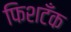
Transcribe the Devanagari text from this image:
फिशटँक